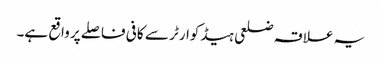
یہ علاقہ ضلعی ہیڈکوارٹر سے کافی فاصلے پر واقع ہے۔